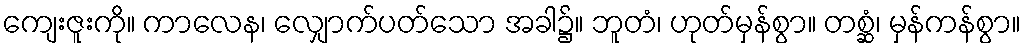
ကျေးဇူးကို။ ကာလေန၊ လျှောက်ပတ်သော အခါ၌။ ဘူတံ၊ ဟုတ်မှန်စွာ။ တစ္ဆံ၊ မှန်ကန်စွာ။